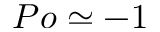
P o \simeq - 1